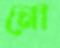
নো